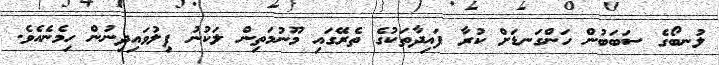
ލުނބޯގެ ސަބަބުން ހަންގަނޑަށް ކުރާ ފައިދާތަކުގެ ތެރޭގައި މޫނުމަތިން ލަކުނު ފިލުވައިދިނުން ހިމެނެއެވެ.